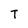
Character: T